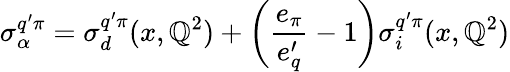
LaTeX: \sigma_{\alpha}^{q^{\prime}\pi}=\sigma_{d}^{q^{\prime}\pi}(x,\mathbb{Q}^{2})+\left(\frac{{e_{\pi}}}{{e_{q}^{\prime}}}-1\right)\sigma_{i}^{q^{\prime}\pi}(x,\mathbb{Q}^{2})